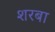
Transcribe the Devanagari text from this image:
शरबा